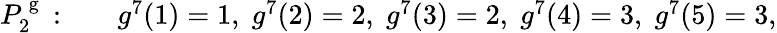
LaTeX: \begin{array}{rl}{P_{2}^{\mathrm{~g~}}:\quad}&{{}g^{7}(1)=1,\; g^{7}(2)=2,\; g^{7}(3)=2,\; g^{7}(4)=3,\; g^{7}(5)=3,}\end{array}